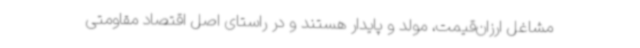
مشاغل ارزان‌قیمت، مولد و پایدار هستند و در راستای اصل اقتصاد مقاومتی